Report of an investigation into the causes of the diseases known in Assam as Kála-Azár and Beri-Beri
Disease focus: Beri-Beri
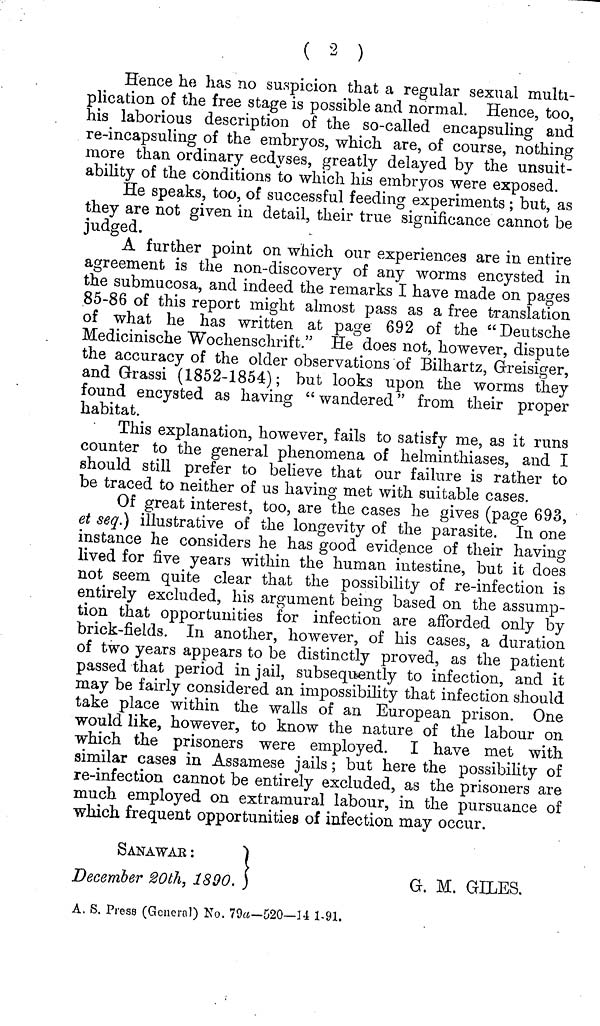
( 8 )
Hence he has no suspicion that a regular sexual multi-
plication of the free stage is possible and normal. Hence, too,
his laborious description of the so-called encapsuling and
re-incapsuling of the embryos, which are, of course, nothing
more than ordinary ecdyses, greatly delayed by the unsuit-
ability of the conditions to which his embryos were exposed.
He speaks, too, of successful feeding experiments; but, as
they are not given in detail, their true significance cannot be
judged.
A further point on which our experiences are in entire
agreement is the non-discovery of any worms encysted in
the submucosa, and indeed the remarks I have made on pages
85-86 of this report might almost pass as a free translation
of what he has written at page 692 of the "Deutsche
Medicinische Wochenschrift." He does not, however, dispute
the accuracy of the older observations of Bilhartz, Greisiger,
and Grassi (1852-1854); but looks upon the worms they
found encysted as having "wandered" from their proper
habitat.
This explanation, however, fails to satisfy me, as it runs
counter to the general phenomena of helminthiases, and I
should still prefer to believe that our failure is rather to
be traced to neither of us having met with suitable cases.
Of great interest, too, are the cases he gives (page 693,
et seq.} illustrative of the longevity of the parasite. In one
instance he considers he has good evidence of their having
lived for five years within the human intestine, but it does
not seem quite clear that the possibility of re-infection is
entirely excluded, his argument being based on the assump-
tion that opportunities for infection are afforded only by
brick-fields. In another, however, of his cases, a duration
of two years appears to be distinctly proved, as the patient
passed that period in jail, subsequently to infection, and it
may be fairly considered an impossibility that infection should
take place within the walls of an European prison. One
would like, however, to know the nature of the labour on
which the prisoners were employed. I have met with
similar cases in Assamese jails; but here the possibility of
re-infection cannot be entirely excluded, as the prisoners are
much employed on extramural labour, in the pursuance of
which frequent opportunities of infection may occur.
SANAWAR :
December 20th, 1890.
G. M. GILES.
A. S. Press (General) No. 79a-520—14 1-91.